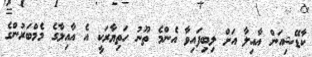
ކާޑޭޝިއަން އާއިލާ އަށް ލިބިފައިވާ އެންމެ ތޫނު ހަތިޔާރަކީ އެ އާއިލާގެ މެމްބަރުންގެ